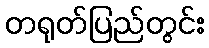
တရုတ်ပြည်တွင်း